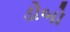
ડોબો